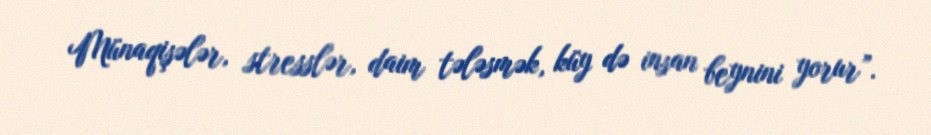
Münaqişələr, stresslər, daim tələsmək, küy də insan beynini yorur”.